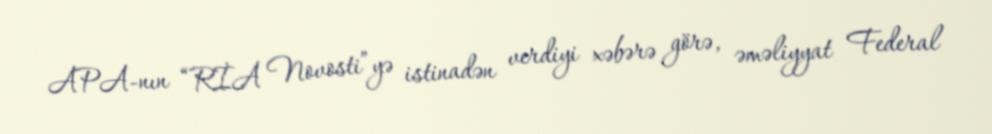
APA-nın “RİA Novosti”yə istinadən verdiyi xəbərə görə, əməliyyat Federal